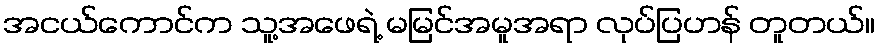
အငယ်ကောင်က သူ့အဖေရဲ့ မမြင်အမူအရာ လုပ်ပြဟန် တူတယ်။